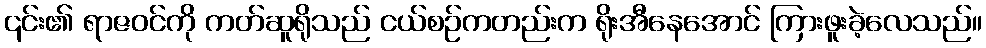
၎င်း၏ ရာဇဝင်ကို ကတ်ဆူရိုသည် ငယ်စဉ်ကတည်းက ရိုးအီနေအောင် ကြားဖူးခဲ့လေသည်။